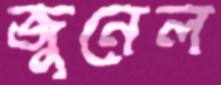
জুনেল